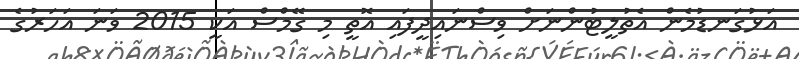
އަޅުގަނޑުމެން އެތުލީޓުންނަށް ވިސްނައިދީފައި އޮތީ މި ގޭމްސް އަކީ 2015 ވަނަ އަހަރުގެ